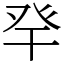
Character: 癷